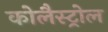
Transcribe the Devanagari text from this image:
कोलैस्ट्रोल